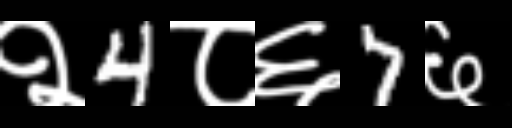
Text: २4८६7६